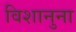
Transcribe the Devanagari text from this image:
विशानुना